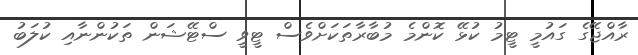
ރާއްޖޭގެ ގައުމީ ޓީމު ކުޅޭ ކޮންމެ މުބާރާތަކަށްވެސް ޓީވީ ސްޓޭޝަން ތަކުންނާއި ކުލަބު